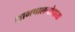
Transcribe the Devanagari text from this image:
लाभपालनोपायः